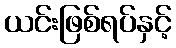
ယင်းဖြစ်ရပ်နှင့်